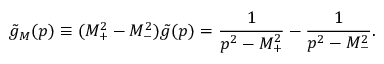
\tilde { g } _ { M } ( p ) \equiv ( M _ { + } ^ { 2 } - M _ { - } ^ { 2 } ) \tilde { g } ( p ) = \frac { 1 } { p ^ { 2 } - M _ { + } ^ { 2 } } - \frac { 1 } { p ^ { 2 } - M _ { - } ^ { 2 } } .